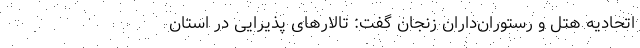
اتحادیه هتل و رستوران‌داران زنجان گفت: تالارهای پذیرایی در استان